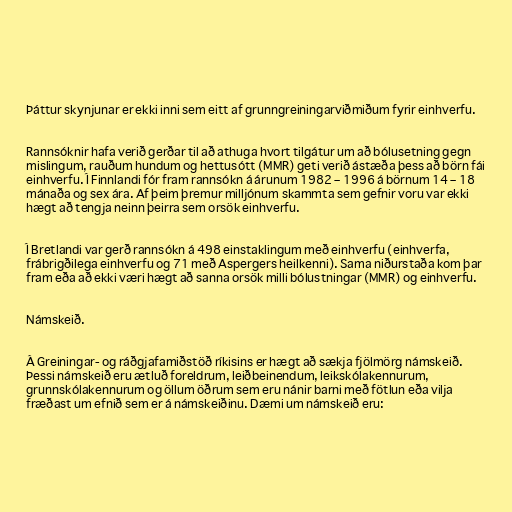
Þáttur skynjunar er ekki inni sem eitt af grunngreiningarviðmiðum fyrir einhverfu.

Rannsóknir hafa verið gerðar til að athuga hvort tilgátur um að bólusetning gegn
mislingum, rauðum hundum og hettusótt (MMR) geti verið ástæða þess að börn fái
einhverfu. Í Finnlandi fór fram rannsókn á árunum 1982 – 1996 á börnum 14 – 18
mánaða og sex ára. Af þeim þremur milljónum skammta sem gefnir voru var ekki
hægt að tengja neinn þeirra sem orsök einhverfu.

Í Bretlandi var gerð rannsókn á 498 einstaklingum með einhverfu (einhverfa,
frábrigðilega einhverfu og 71 með Aspergers heilkenni). Sama niðurstaða kom þar
fram eða að ekki væri hægt að sanna orsök milli bólustningar (MMR) og einhverfu.

Námskeið.

Á Greiningar- og ráðgjafamiðstöð ríkisins er hægt að sækja fjölmörg námskeið.
Þessi námskeið eru ætluð foreldrum, leiðbeinendum, leikskólakennurum,
grunnskólakennurum og öllum öðrum sem eru nánir barni með fötlun eða vilja
fræðast um efnið sem er á námskeiðinu. Dæmi um námskeið eru: